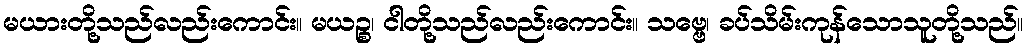
မယားတို့သည်လည်းကောင်း။ မယဉ္စ၊ ငါတို့သည်လည်းကောင်း။ သဗ္ဗေ၊ ခပ်သိမ်းကုန်သောသူတို့သည်။